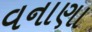
વનાણા